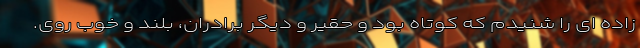
زاده ای را شنیدم که کوتاه بود و حقیر و دیگر برادران، بلند و خوب روی.